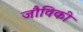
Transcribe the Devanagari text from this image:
जौविकी